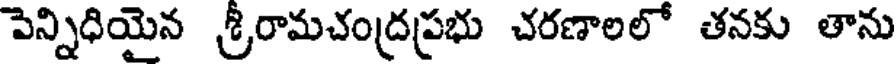
పెన్నిధియైన శ్రీరామచంద్రప్రభు చరణాలలో తనకు తాను